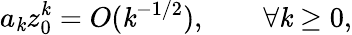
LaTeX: a_{\mathit{k}}z_{0}^{\mathit{k}}=O(\mathit{k}^{-1/2}),\qquad\forall\mathit{k}\geq0,